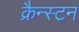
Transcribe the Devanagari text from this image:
क्रैन्स्टन